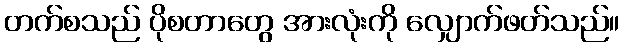
တက်စသည် ပိုစတာတွေ အားလုံးကို လျှောက်ဖတ်သည်။